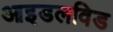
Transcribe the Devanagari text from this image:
आइडलविड